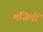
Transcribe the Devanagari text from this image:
मजिलों